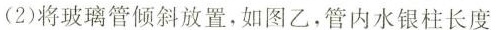
(2)将玻璃管倾斜放置，如图乙，管内水银柱长度